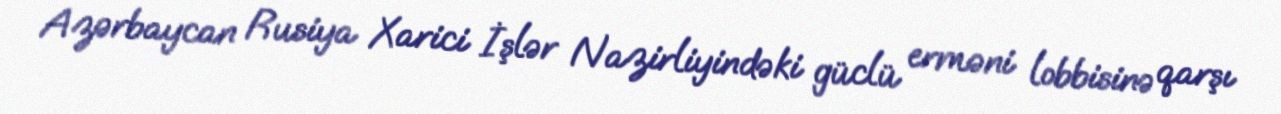
Azərbaycan Rusiya Xarici İşlər Nazirliyindəki güclü erməni lobbisinə qarşı